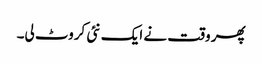
پھر وقت نے ایک نئی کروٹ لی۔